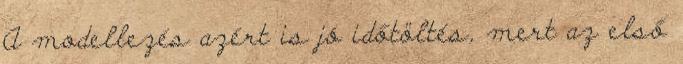
A modellezés azért is jó időtöltés, mert az első